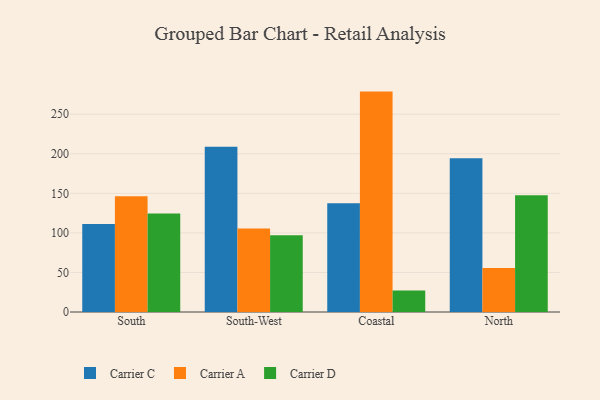
{"axis": {"x": "Region", "y": "Market Share (%)"}, "legend": ["Carrier A", "Carrier C", "Carrier D"], "data": [{"x": "South", "y": 111.2, "type": "Carrier C"}, {"x": "South", "y": 146.4, "type": "Carrier A"}, {"x": "South", "y": 124.6, "type": "Carrier D"}, {"x": "South-West", "y": 209.0, "type": "Carrier C"}, {"x": "South-West", "y": 105.5, "type": "Carrier A"}, {"x": "South-West", "y": 96.9, "type": "Carrier D"}, {"x": "Coastal", "y": 137.4, "type": "Carrier C"}, {"x": "Coastal", "y": 278.6, "type": "Carrier A"}, {"x": "Coastal", "y": 27.1, "type": "Carrier D"}, {"x": "North", "y": 194.4, "type": "Carrier C"}, {"x": "North", "y": 55.6, "type": "Carrier A"}, {"x": "North", "y": 147.7, "type": "Carrier D"}]}